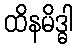
ထိနမိဒ္ဓါ